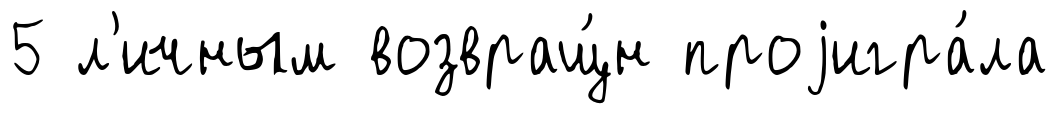
5 л'ичным возвращ́н проjигра́ла